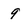
Character: 9